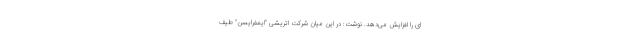
ای را افزایش می‌دهد. نوشت: در این میان شرکت اتریشی "ایمفرایسن" طیف